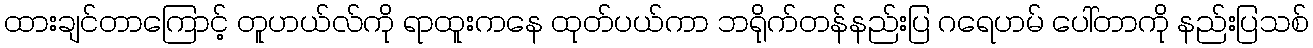
ထားချင်တာကြောင့် တူဟယ်လ်ကို ရာထူးကနေ ထုတ်ပယ်ကာ ဘရိုက်တန်နည်းပြ ဂရေဟမ် ပေါ်တာကို နည်းပြသစ်